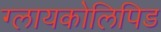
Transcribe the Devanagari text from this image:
ग्लायकोलिपिड